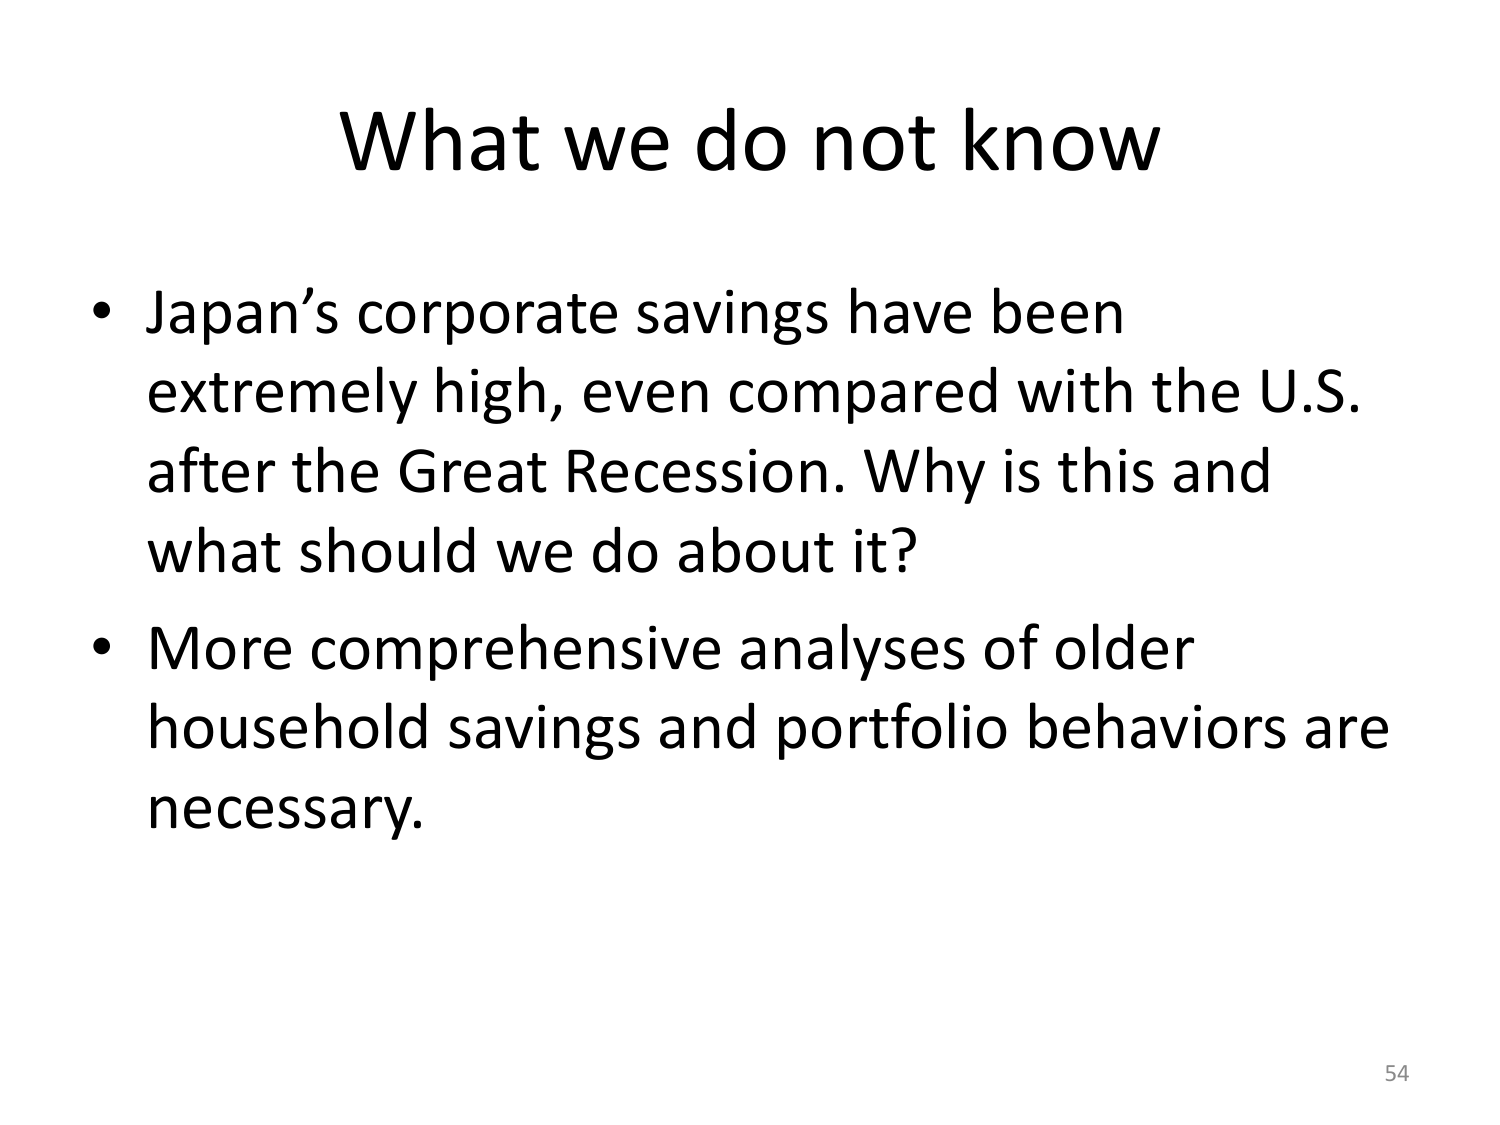
What we do not know

• Japan’s corporate savings have been extremely high, even compared with the U.S. after the Great Recession. Why is this and what should we do about it?

• More comprehensive analyses of older household savings and portfolio behaviors are necessary.

54